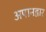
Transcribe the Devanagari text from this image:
अपानद्वार